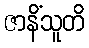
ဇာနိံသူတိ